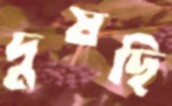
দুষছি